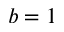
b = 1